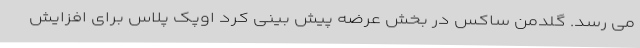
می رسد. گلدمن ساکس در بخش عرضه پیش بینی کرد اوپک پلاس برای افزایش